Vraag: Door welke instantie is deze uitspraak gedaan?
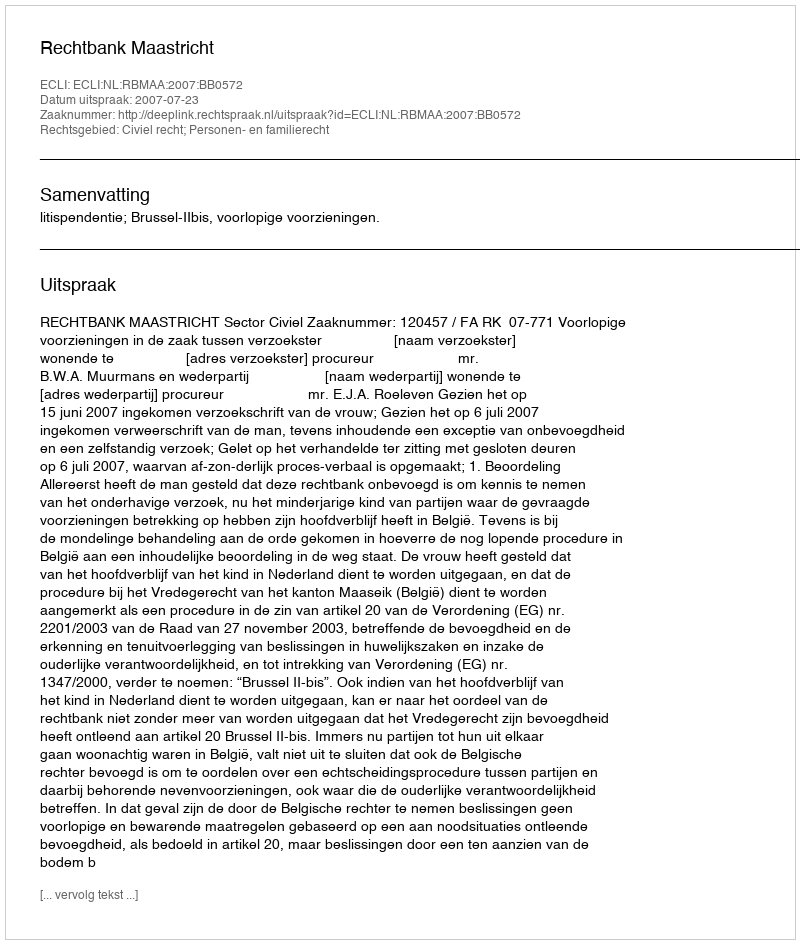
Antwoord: Rechtbank Maastricht